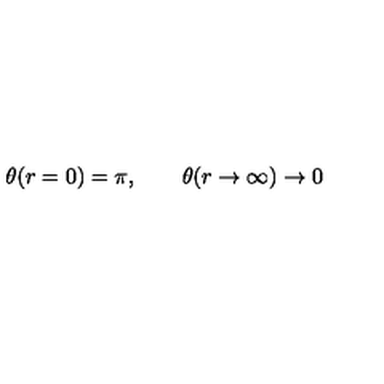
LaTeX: \theta ( r = 0 ) = \pi , \qquad \theta ( r \rightarrow \infty ) \rightarrow 0